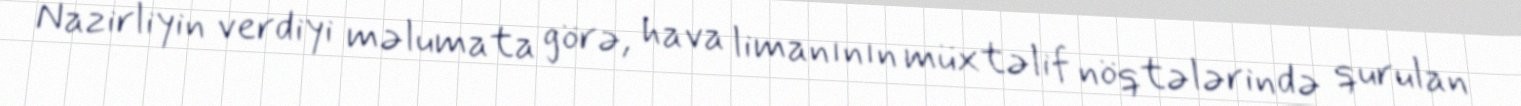
Nazirliyin verdiyi məlumata görə, hava limanının müxtəlif nöqtələrində qurulan